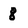
Character: 8